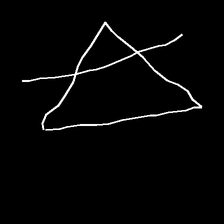
Glyph: empower